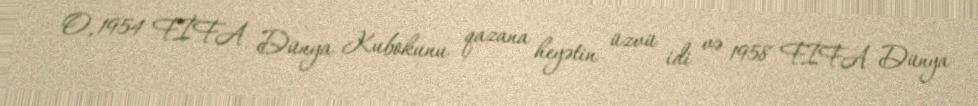
O, 1954 FİFA Dünya Kubokunu qazana heyətin üzvü idi və 1958 FİFA Dünya